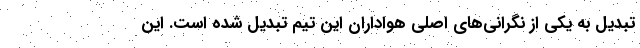
تبدیل به یکی از نگرانی‌های اصلی هواداران این تیم تبدیل شده است. این